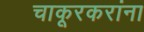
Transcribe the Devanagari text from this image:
चाकूरकरांना